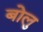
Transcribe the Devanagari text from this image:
बोलु